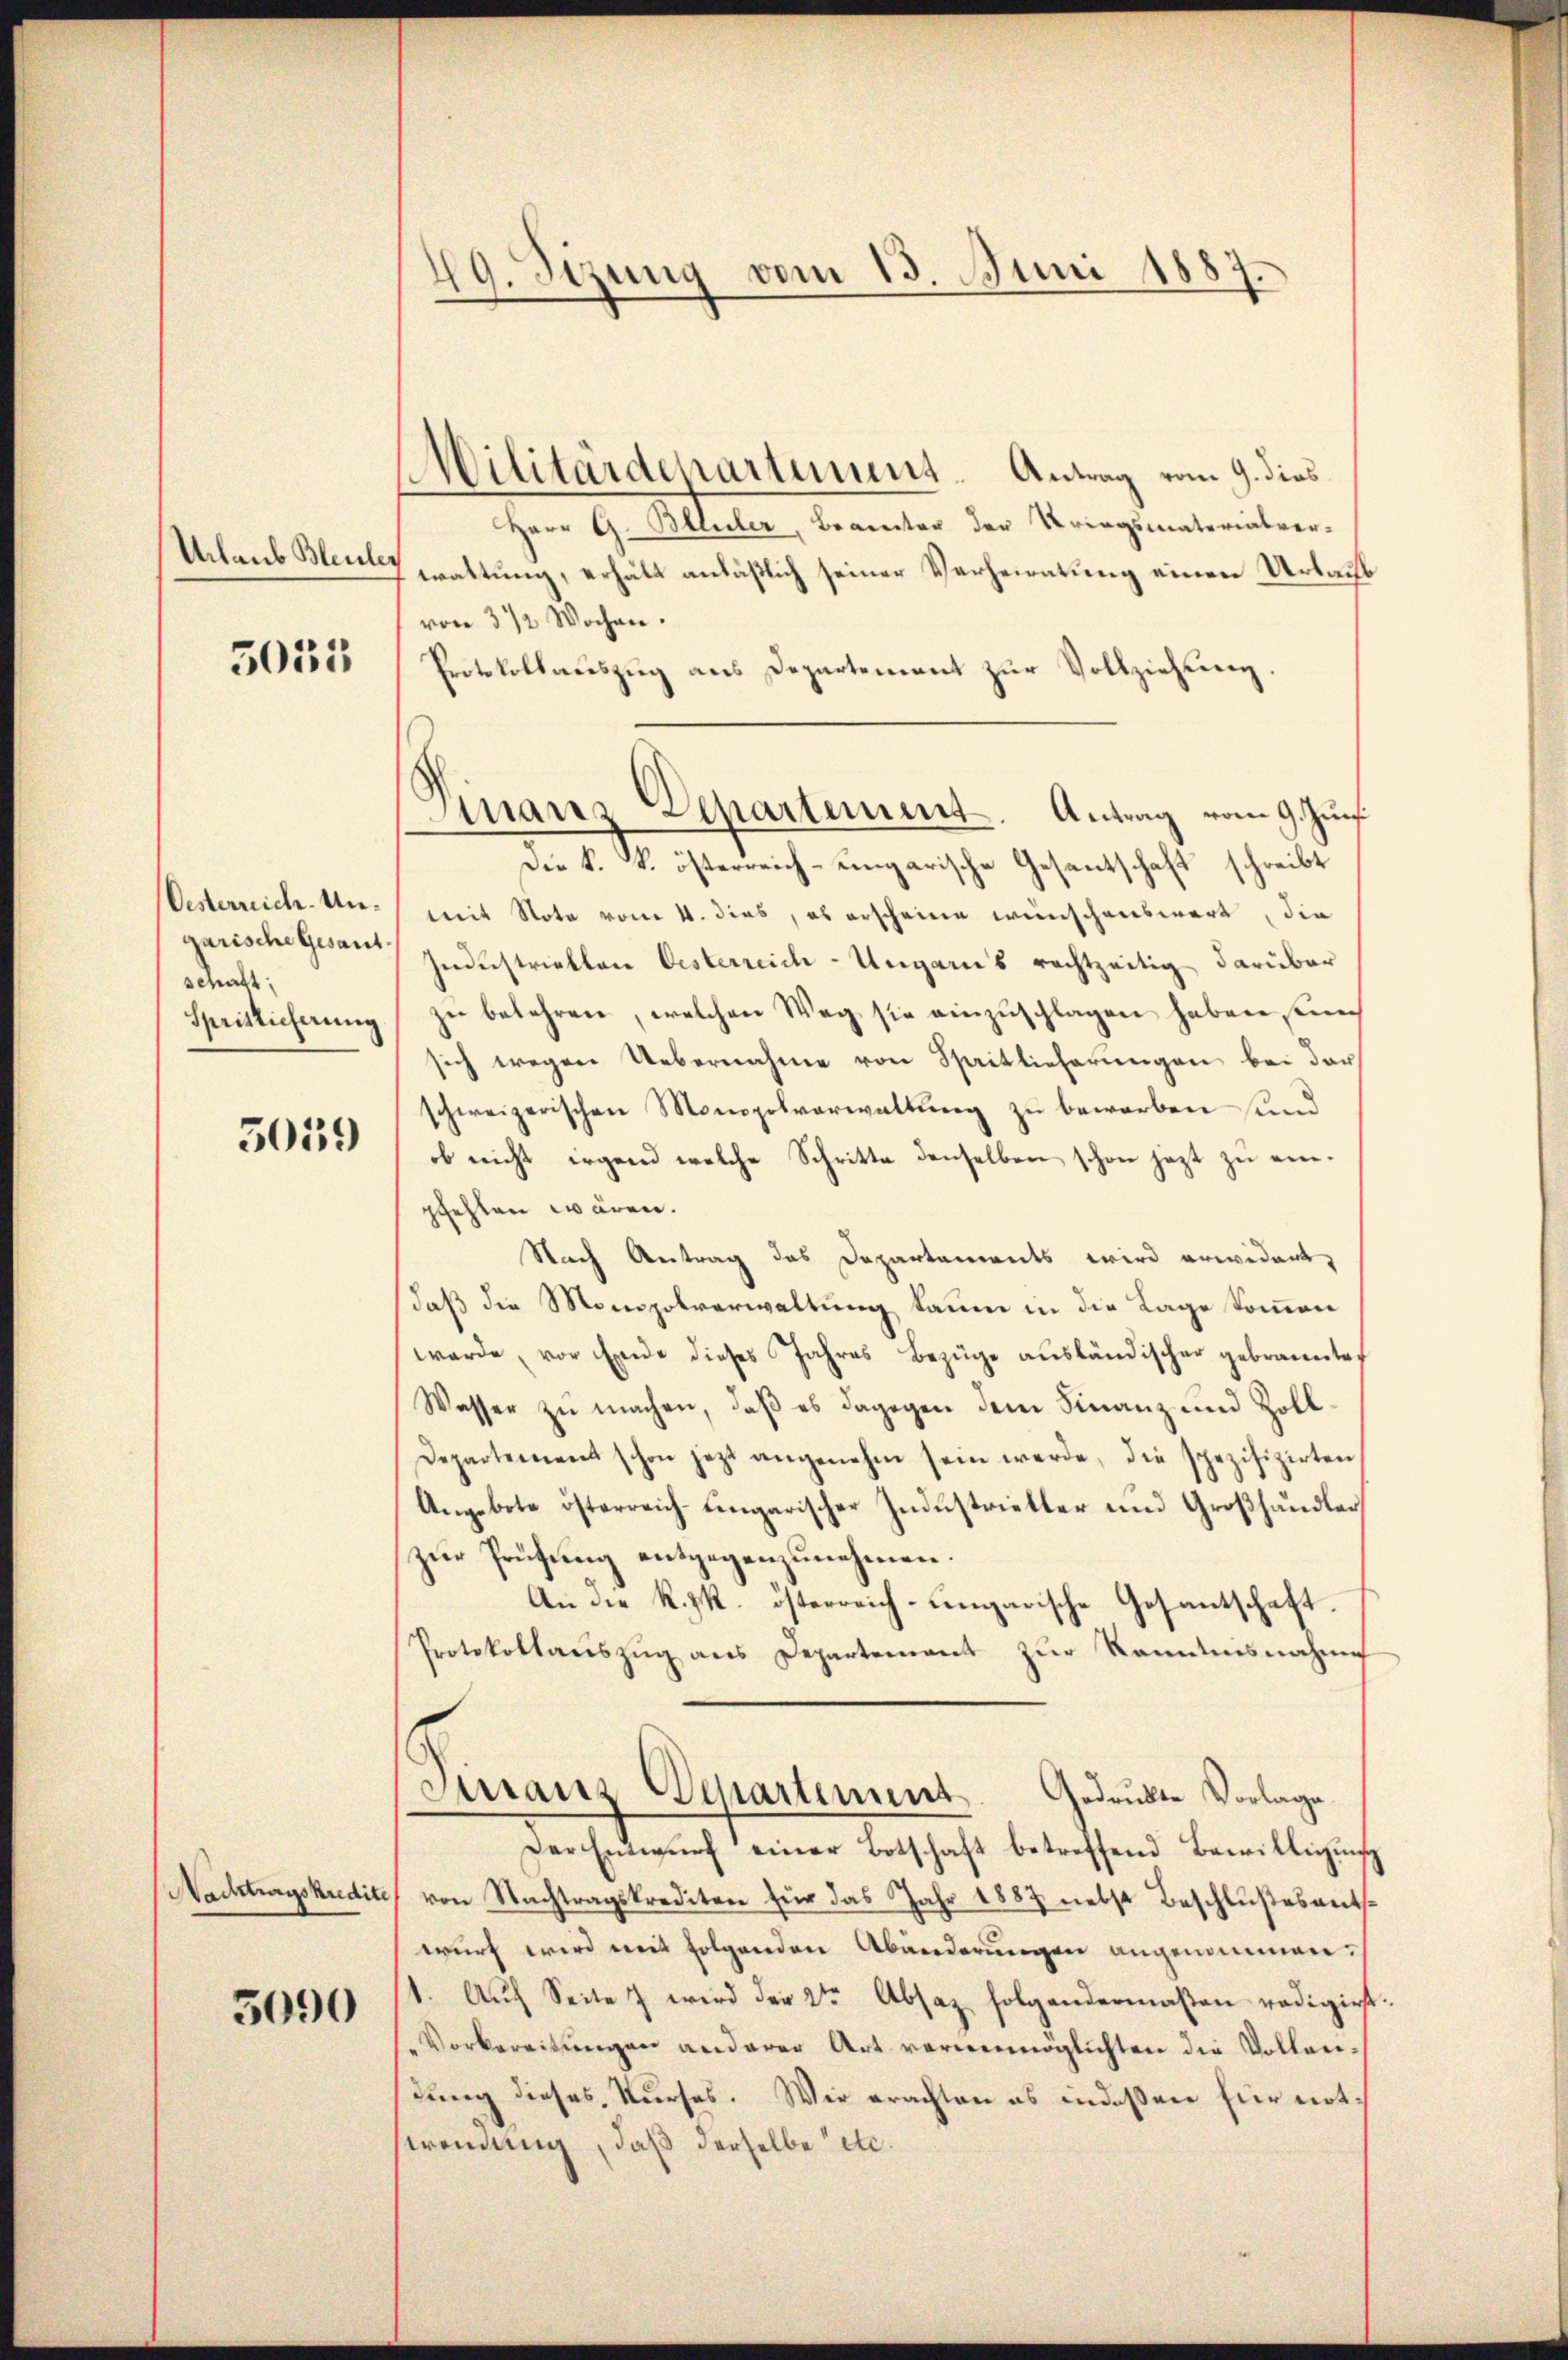
Urlaub Bleuler

5035

Oesterrich-Ungarische Gesant.
schaft
Spritticherung

5039

Nachtragskredite

3090

49. Sizung vom 13. Juni 1887.

Militärdepartement. Antrag vom 9. dies
Herr G. Bleuler, Beamter der Kriegsmaterialver-
waltung, erhält anläßlich seiner Verheiratung einen Urlaub
von 3 1/2 Wochen.
Protokollauszug aus Departement zur Vollziehung.
Die k. k. österreich-ungarische Gesantschaft schreibt
mit Nota vom 4. dies, es erscheine wünschenswert, die
Jndustriebten Oesterreich-Ungaris rechtzeitig darüber
zŭ belehren, welchen Weg sie einzuschlagen haben sein
sich wegen Uebernahme von Spaitlicherungen, bei der
schweizerischen Monopolverwaltung zu beworben sind.
ob nicht irgend welche Schritte denselben schon jezt zu einpfehlen wären.
Nach Antrag des Departements wird erwidert,
daß die Monopolverwaltung kaum in die Lage kommen
werde, vor Eide dieses Jahres Bezüge ausländischer gebrannte
Wasser zu machen, daß es dagegen dem Finanz und Zoll¬
Departement schon jetzt angenehm sein werde, die spezifizirten
Angebote österreich-ungarischer Industrieller und Großhändler,
zur Prüfung entgegenzunehmen.
An die R.zk. österreich-ungarische Gesantschaft.
Protokollaŭszŭg ans Departement zŭr Kenntnisnahme
Tirranz Departement
Gedruckte Vorlage.
Der Entwurf einer Botschaft betreffend Bewilligung
von Nachtragskrediten für das Jahr 1887 nebst Beschlußesentswurf wird mit folgenden Abänderungen angenommen.
1. Auf Seite 7 wird der 2ten Absaz folgendermaßen redigirt.
Vorbereitŭngen anderer Art vorvermöglichten die Vollendung dieses Kurses. Wir erachten es indeßen für not,
wendung, daß derselbe etc.

Finanz Departement. Antrag vom 9. Zunf